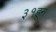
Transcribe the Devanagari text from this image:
३१हून